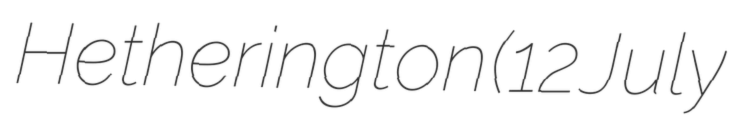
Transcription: Hetherington (12 July